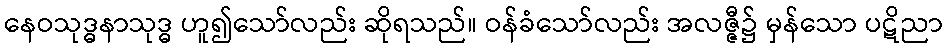
နေဝသုဒ္ဓနာသုဒ္ဓ ဟူ၍သော်လည်း ဆိုရသည်။ ဝန်ခံသော်လည်း အလဇ္ဇီ၌ မှန်သော ပဋိညာ